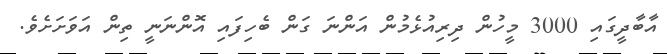
އާބާދީގައި 3000 މީހުން ދިރިއުޅެމުން އަންނަ ގަން ބެހިފައި އޮންނަނީ ތިން އަވަށަށެވެ.